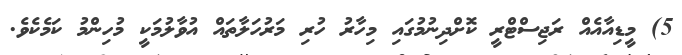
5) މީޑިއާއެއް ރަޖިސްޓްރީ ކޮށްދިނުމުގައި މިހާރު ހުރި މަރުހަލާތައް އުވާލުމަކީ މުހިންމު ކަމެކެވެ.